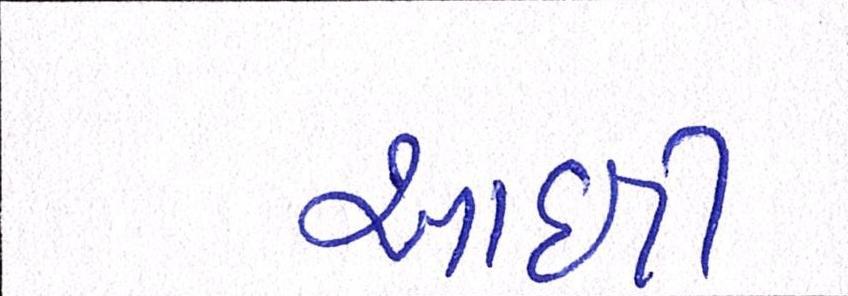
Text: આઇટી